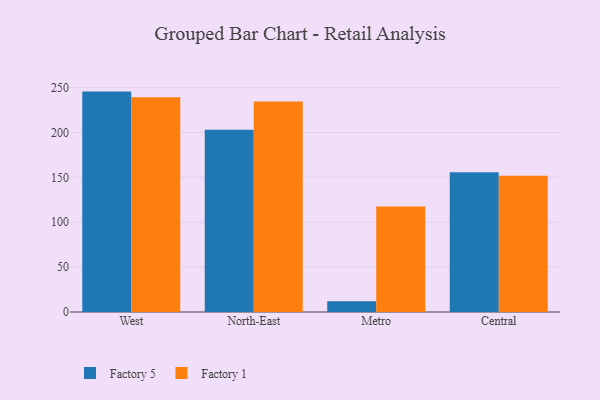
{"axis": {"x": "Region", "y": "Page Views"}, "legend": ["Factory 1", "Factory 5"], "data": [{"x": "West", "y": 245.5, "type": "Factory 5"}, {"x": "West", "y": 239.1, "type": "Factory 1"}, {"x": "North-East", "y": 202.9, "type": "Factory 5"}, {"x": "North-East", "y": 234.5, "type": "Factory 1"}, {"x": "Metro", "y": 11.9, "type": "Factory 5"}, {"x": "Metro", "y": 117.5, "type": "Factory 1"}, {"x": "Central", "y": 155.6, "type": "Factory 5"}, {"x": "Central", "y": 151.9, "type": "Factory 1"}]}